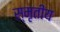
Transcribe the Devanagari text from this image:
स्मृतीय